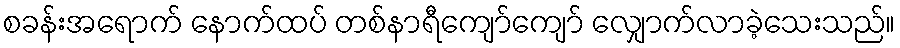
စခန်းအရောက် နောက်ထပ် တစ်နာရီကျော်ကျော် လျှောက်လာခဲ့သေးသည်။